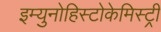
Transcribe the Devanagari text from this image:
इम्युनोहिस्टोकेमिस्ट्री